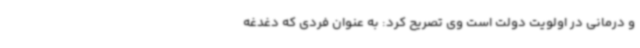
و درمانی در اولویت دولت است وی تصریح کرد: به عنوان فردی که دغدغه